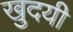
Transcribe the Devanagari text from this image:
खुदयी